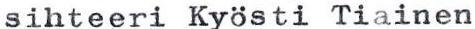
sihteeri Kyösti Tiainen